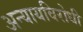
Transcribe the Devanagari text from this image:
अन्यायविरोधी